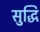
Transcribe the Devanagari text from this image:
सुद्धि